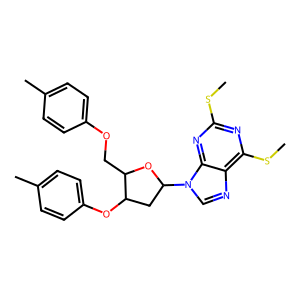
SMILES: CSc1nc(SC)c2ncn(C3CC(Oc4ccc(C)cc4)C(COc4ccc(C)cc4)O3)c2n1
Inhibits HIV replication: No